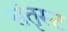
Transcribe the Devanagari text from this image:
संतृस्ट